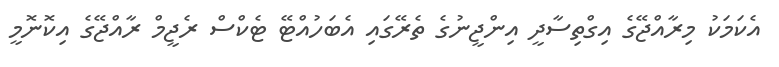
އެކަމަކު މިރާއްޖޭގެ އިގްތިސާދީ އިންޖީނުގެ ތެރޭގައި އެބަހުއްޓޭ ޓެކްސް ރެޖީމް ރާއްޖޭގެ އިކޮނޮމީ